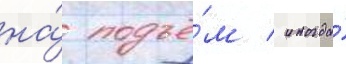
на́ подъё́м / иногда́